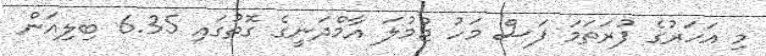
މި އަހަރުގެ ފުރަތަމަ ފަސް މަހު ޖުމުލަ އާމްދަނީގެ ގޮތުގައި 6.35 ބިލިއަން